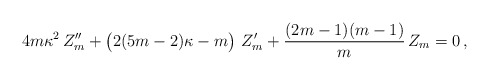
\begin{align*}4 m \kappa^{2}\, Z''_{m} + \left(\strut 2(5m-2)\kappa -m\right)\, Z'_{m} + {(2m-1)(m-1)\over m}\, Z_{m} = 0\, ,\end{align*}